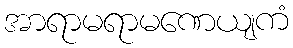
အာရာမရာမဏေယျကံ